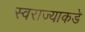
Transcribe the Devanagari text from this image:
स्वराज्याकडे